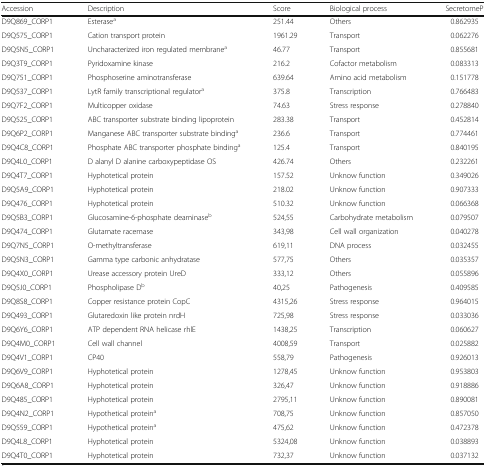
<table><thead><tr><td><b>Accession</b></td><td><b>Description</b></td><td><b>Score</b></td><td><b>Biological process</b></td><td><b>SecretomeP</b></td></tr></thead><tbody><tr><td>D9Q869_CORP1</td><td>Esterase<sup>a</sup></td><td>251.44</td><td>Others</td><td>0.862935</td></tr><tr><td>D9Q575_CORP1</td><td>Cation transport protein</td><td>1961.29</td><td>Transport</td><td>0.062276</td></tr><tr><td>D9Q5N5_CORP1</td><td>Uncharacterized iron regulated membrane<sup>a</sup></td><td>46.77</td><td>Transport</td><td>0.855681</td></tr><tr><td>D9Q3T9_CORP1</td><td>Pyridoxamine kinase</td><td>216.2</td><td>Cofactor metabolism</td><td>0.083313</td></tr><tr><td>D9Q751_CORP1</td><td>Phosphoserine aminotransferase</td><td>639.64</td><td>Amino acid metabolism</td><td>0.151778</td></tr><tr><td>D9Q537_CORP1</td><td>LytR family transcriptional regulator<sup>a</sup></td><td>375.8</td><td>Transcription</td><td>0.766483</td></tr><tr><td>D9Q7F2_CORP1</td><td>Multicopper oxidase</td><td>74.63</td><td>Stress response</td><td>0.278840</td></tr><tr><td>D9Q525_CORP1</td><td>ABC transporter substrate binding lipoprotein</td><td>283.38</td><td>Transport</td><td>0.452814</td></tr><tr><td>D9Q6P2_CORP1</td><td>Manganese ABC transporter substrate binding<sup>a</sup></td><td>236.6</td><td>Transport</td><td>0.774461</td></tr><tr><td>D9Q4C8_CORP1</td><td>Phosphate ABC transporter phosphate binding<sup>a</sup></td><td>125.4</td><td>Transport</td><td>0.840195</td></tr><tr><td>D9Q4L0_CORP1</td><td>D alanyl D alanine carboxypeptidase OS</td><td>426.74</td><td>Others</td><td>0.232261</td></tr><tr><td>D9Q4T7_CORP1</td><td>Hyphotetical protein</td><td>157.52</td><td>Unknow function</td><td>0.349026</td></tr><tr><td>D9Q5A9_CORP1</td><td>Hyphotetical protein</td><td>218.02</td><td>Unknow function</td><td>0.907333</td></tr><tr><td>D9Q476_CORP1</td><td>Hyphotetical protein</td><td>510.32</td><td>Unknow function</td><td>0.066368</td></tr><tr><td>D9Q5B3_CORP1</td><td>Glucosamine-6-phosphate deaminase<sup>b</sup></td><td>524,55</td><td>Carbohydrate metabolism</td><td>0.079507</td></tr><tr><td>D9Q474_CORP1</td><td>Glutamate racemase</td><td>343,98</td><td>Cell wall organization</td><td>0.040278</td></tr><tr><td>D9Q7N5_CORP1</td><td>O-methyltransferase</td><td>619,11</td><td>DNA process</td><td>0.032455</td></tr><tr><td>D9Q5N3_CORP1</td><td>Gamma type carbonic anhydratase</td><td>577,75</td><td>Others</td><td>0.035357</td></tr><tr><td>D9Q4X0_CORP1</td><td>Urease accessory protein UreD</td><td>333,12</td><td>Others</td><td>0.055896</td></tr><tr><td>D9Q5J0_CORP1</td><td>Phospholipase D<sup>b</sup></td><td>40,25</td><td>Pathogenesis</td><td>0.409585</td></tr><tr><td>D9Q8S8_CORP1</td><td>Copper resistance protein CopC</td><td>4315,26</td><td>Stress response</td><td>0.964015</td></tr><tr><td>D9Q493_CORP1</td><td>Glutaredoxin like protein nrdH</td><td>725,98</td><td>Stress response</td><td>0.033036</td></tr><tr><td>D9Q6Y6_CORP1</td><td>ATP dependent RNA helicase rhlE</td><td>1438,25</td><td>Transcription</td><td>0.060627</td></tr><tr><td>D9Q4M0_CORP1</td><td>Cell wall channel</td><td>4008,59</td><td>Transport</td><td>0.025882</td></tr><tr><td>D9Q4V1_CORP1</td><td>CP40</td><td>558,79</td><td>Pathogenesis</td><td>0.926013</td></tr><tr><td>D9Q6V9_CORP1</td><td>Hyphotetical protein</td><td>1278,45</td><td>Unknow function</td><td>0.953803</td></tr><tr><td>D9Q6A8_CORP1</td><td>Hyphotetical protein</td><td>326,47</td><td>Unknow function</td><td>0.918886</td></tr><tr><td>D9Q485_CORP1</td><td>Hyphotetical protein</td><td>2795,11</td><td>Unknow function</td><td>0.890081</td></tr><tr><td>D9Q4N2_CORP1</td><td>Hypothetical protein<sup>a</sup></td><td>708,75</td><td>Unknow function</td><td>0.857050</td></tr><tr><td>D9Q559_CORP1</td><td>Hypothetical protein<sup>a</sup></td><td>475,62</td><td>Unknow function</td><td>0.472378</td></tr><tr><td>D9Q4L8_CORP1</td><td>Hyphotetical protein</td><td>5324,08</td><td>Unknow function</td><td>0.038893</td></tr><tr><td>D9Q4T0_CORP1</td><td>Hyphotetical protein</td><td>732,37</td><td>Unknow function</td><td>0.037132</td></tr></tbody></table>